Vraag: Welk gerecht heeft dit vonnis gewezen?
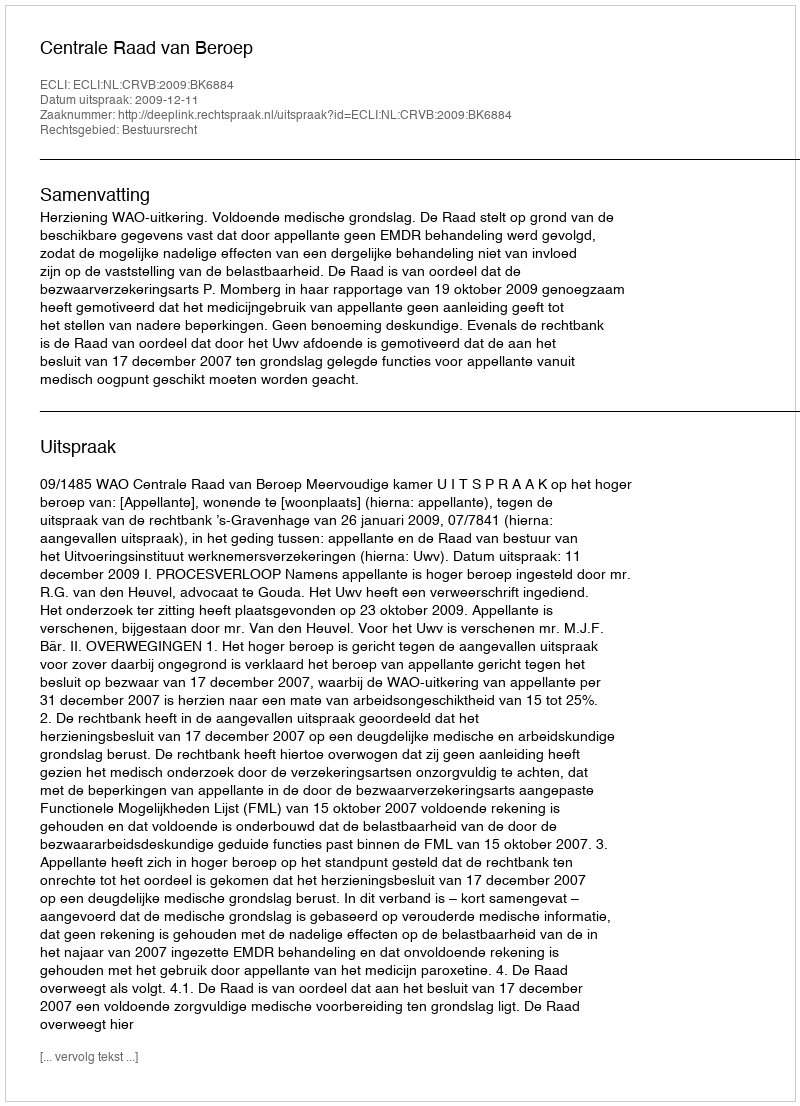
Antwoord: Centrale Raad van Beroep